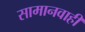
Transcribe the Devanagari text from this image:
सामानवाही